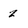
Character: Z